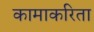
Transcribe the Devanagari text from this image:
कामाकरिता